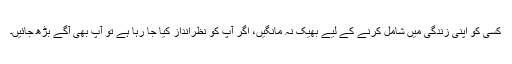
کسی کو اپنی زندگی میں شامل کرنے کے لیے بھیک نہ مانگیں، اگر آپ کو نظرانداز کیا جا رہا ہے تو آپ بھی آگے بڑھ جائیں۔